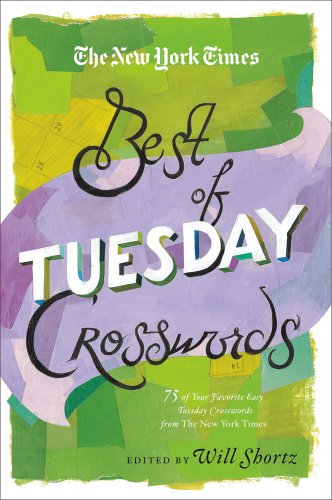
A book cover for The New York Times Best of Tuesday Crosswords: 75 of Your Favorite Easy Tuesday Crosswords from The New York Times (New York Times Best Crosswords); The New York Times; Humor & Entertainment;